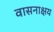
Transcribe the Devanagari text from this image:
वासनाक्षय